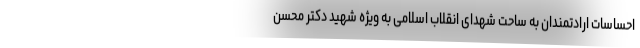
احساسات ارادتمندان به ساحت شهدای انقلاب اسلامی به ویژه شهید دکتر محسن